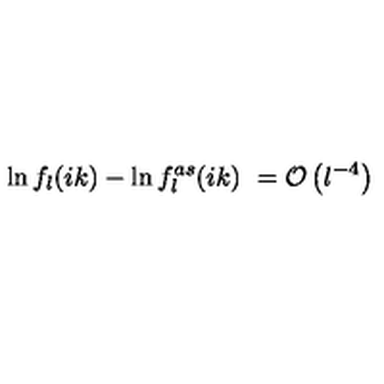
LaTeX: \ln f _ { l } ( i k ) - \ln f _ { l } ^ { a s } ( i k ) \ = { \cal O } \left( l ^ { - 4 } \right)